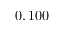
0 , 1 0 0